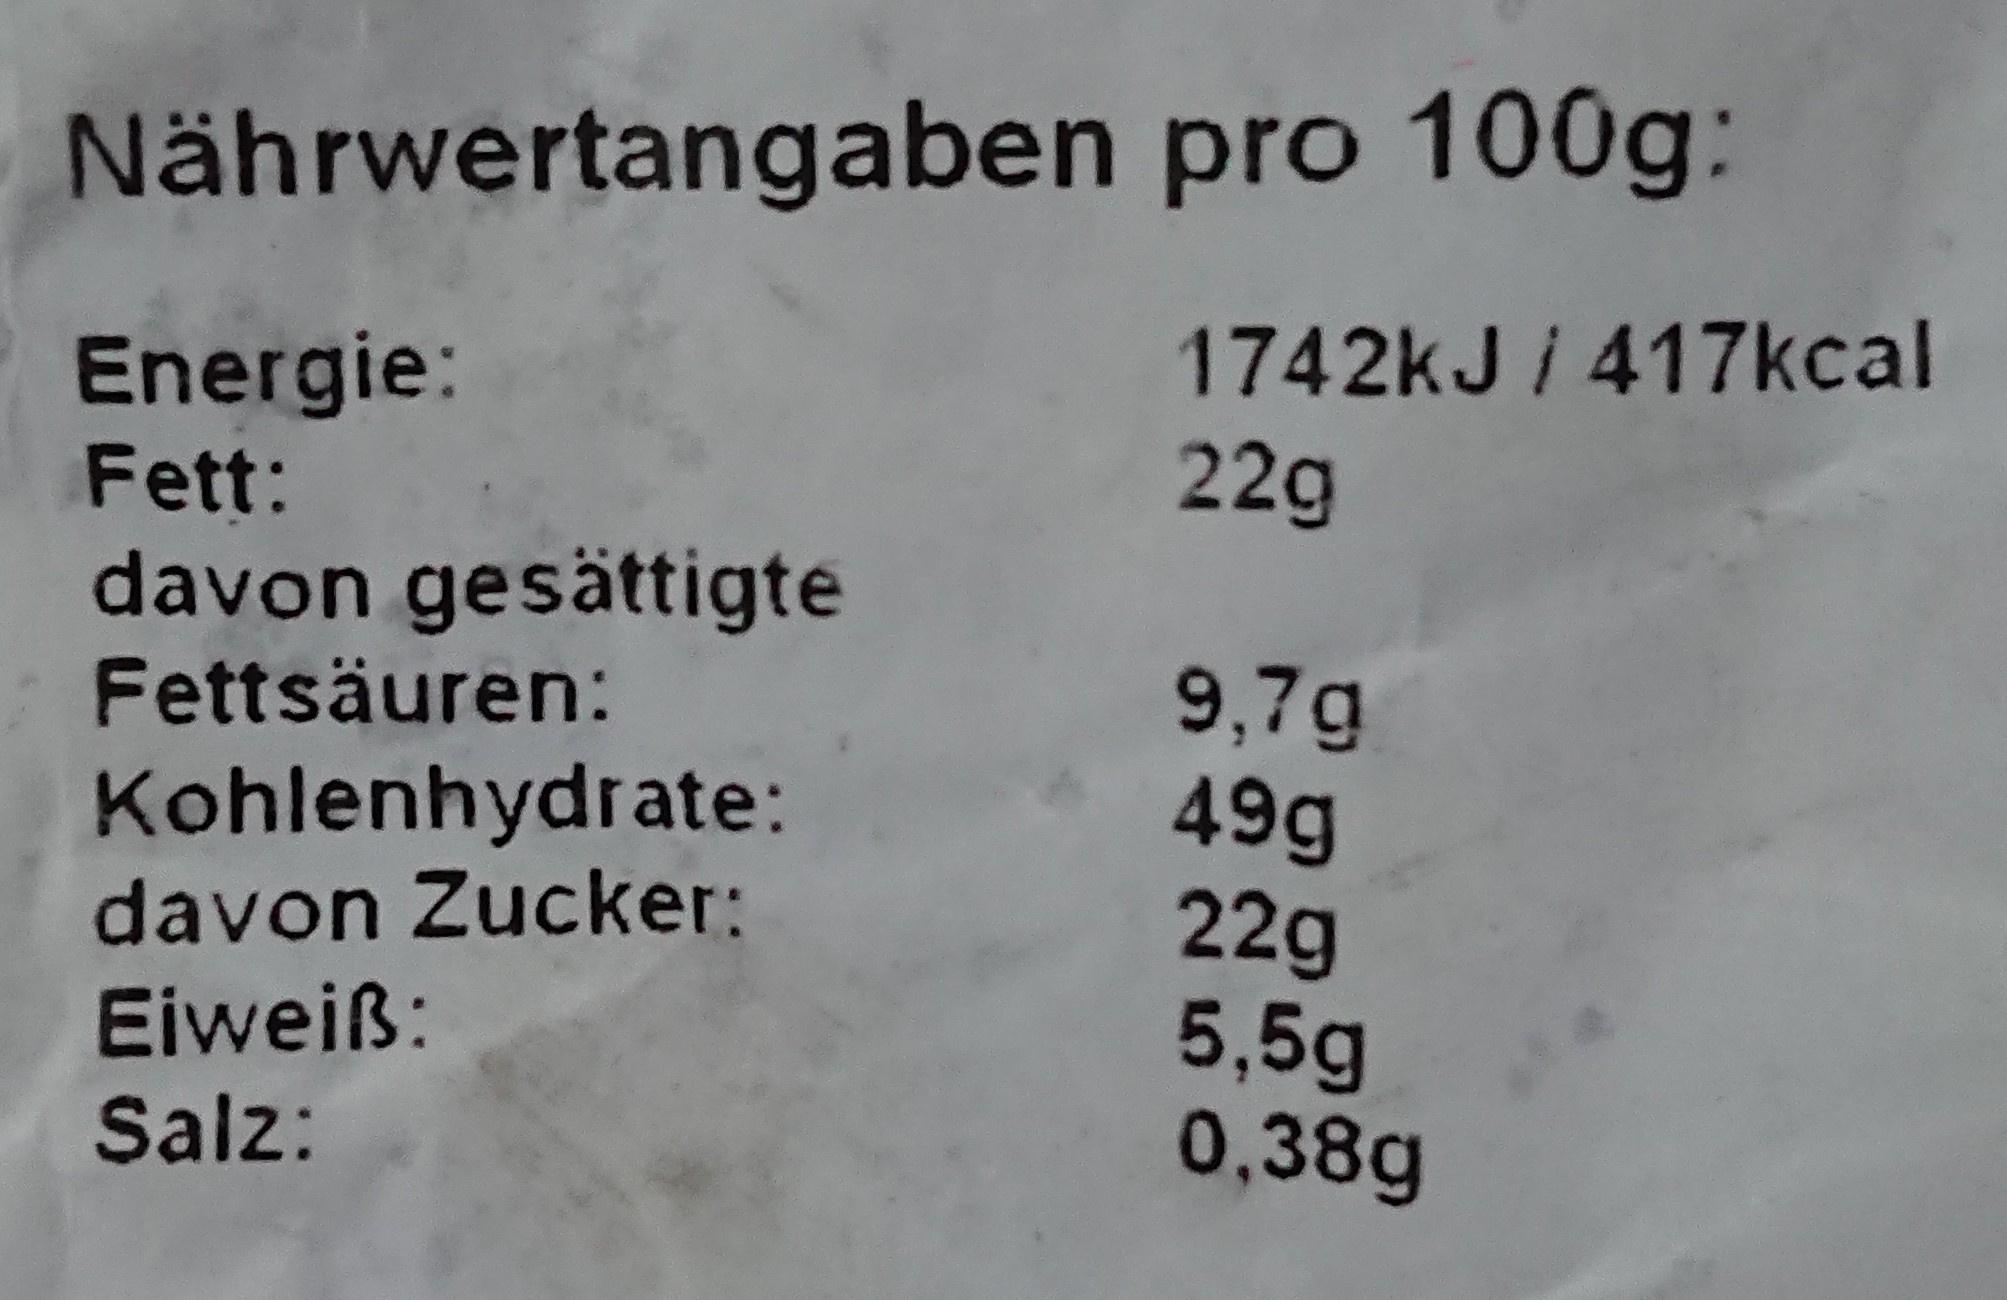
Nährwertangaben pro 100g:
Energie: Fett:
1742kJ i 417kcal 22g
davon gesättigte Fettsäuren:
9,7g 49g 22g 5,5g 0,38g
Kohlenhydrate: davon Zucker:
Eiweiß:
Salz: